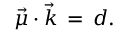
\vec { \mu } \cdot \vec { k } \, = \, d .